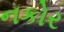
નકોર